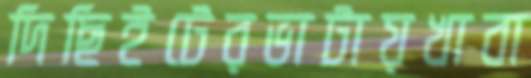
দিছিইটেরভাটায়খাবা